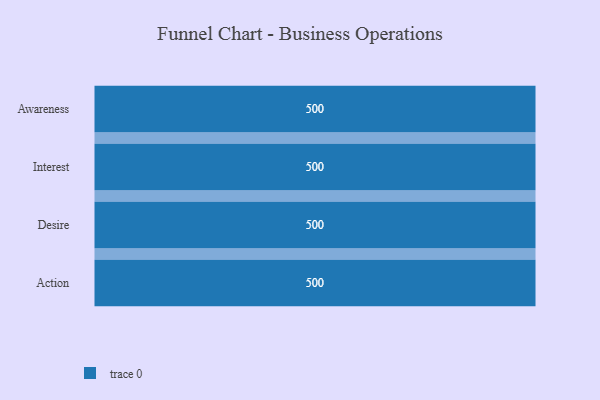
{"axis": {"x": "Stage", "y": "Value"}, "legend": [""], "data": [{"x": "Awareness", "y": 500, "type": ""}, {"x": "Interest", "y": 500, "type": ""}, {"x": "Desire", "y": 500, "type": ""}, {"x": "Action", "y": 500, "type": ""}]}